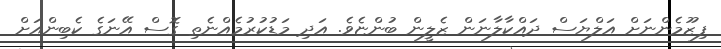
ފިޒޫމެންނަށް އަލްޔަސް ދައްކާލާނަން ޒެލީން ބުންޏެވެ. އަދި މަޑުކުރުމެއްނެތި ގޮސް އޭނަގެ ކެބިންއަށް